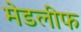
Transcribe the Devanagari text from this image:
मेडलीफ